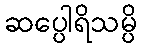
ဆပ္ပေါရိသမ္ပိ